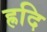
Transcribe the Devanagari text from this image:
ह्रदि